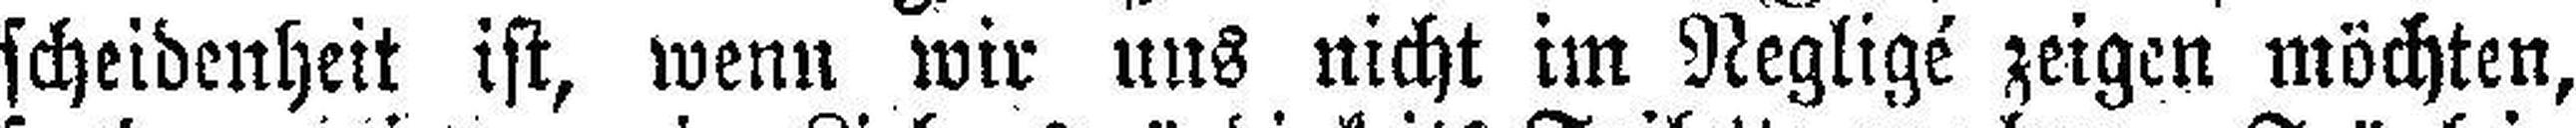
scheidenheit ist, wenn wir uns nicht im Negligé zeigen möchten,